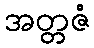
အတ္တဇံ